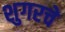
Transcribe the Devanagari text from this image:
शुगरचे